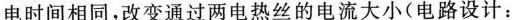
电时间相同，改变通过两电热丝的电流大小(电路设计：